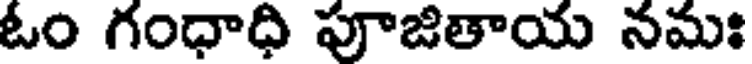
ఓం గంధాధి పూజితాయ నమః